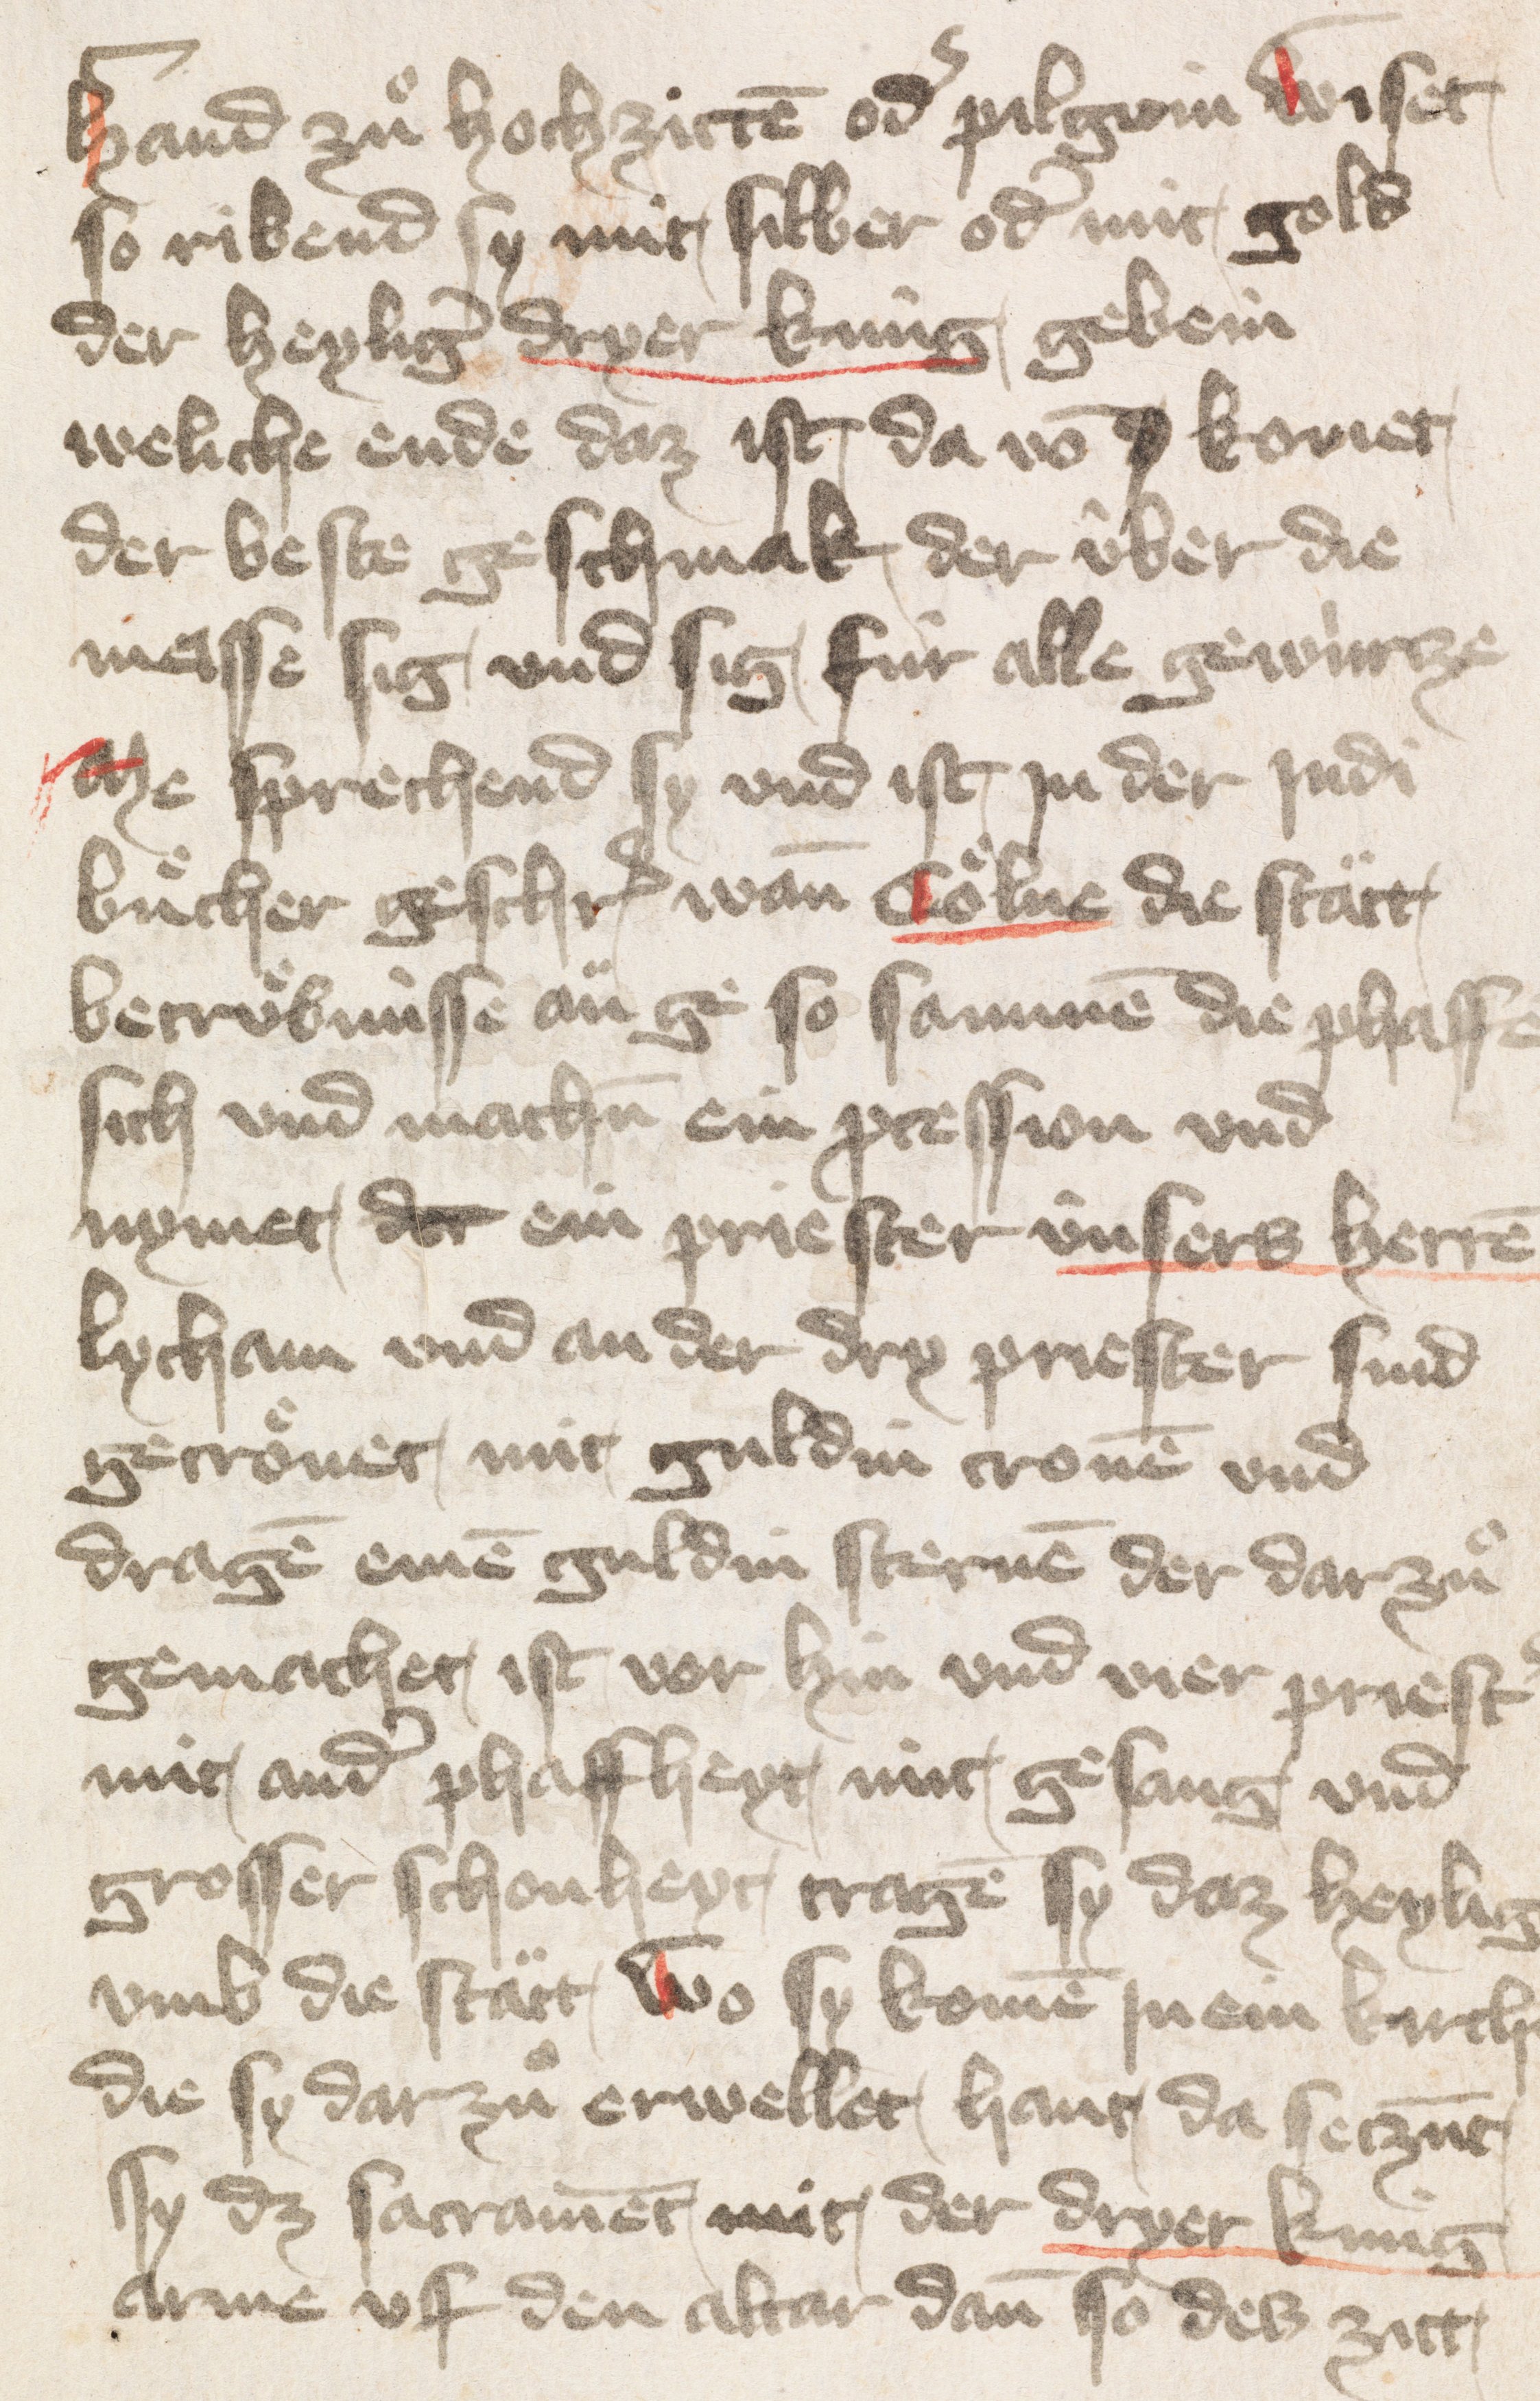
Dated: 1400–1424